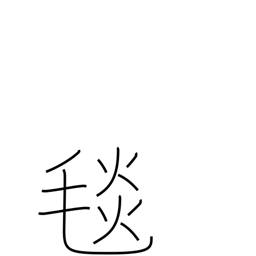
Meaning: wool rug